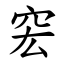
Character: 䆖